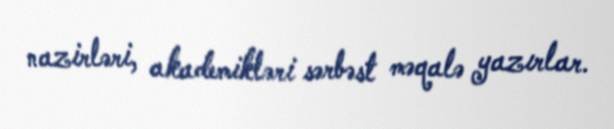
nazirləri, akademikləri sərbəst məqalə yazırlar.